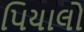
પિયાલો